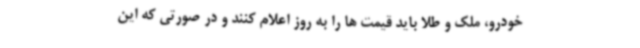
خودرو، ملک و طلا باید قیمت ها را به روز اعلام کنند و در صورتی که این